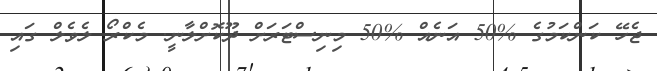
ޖެހޭ ކަންކަމުުގެ %50 އަނެއް %50 މިނިސްޓަރަށް ދޫކޮށްލާނީ. މެކްރޯ ލެވެލް ގައި